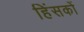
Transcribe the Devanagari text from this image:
हिंसकों